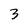
Character: 3